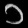
Digit: ၁